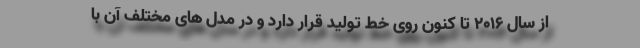
از سال 2016 تا کنون روی خط تولید قرار دارد و در مدل های مختلف آن با